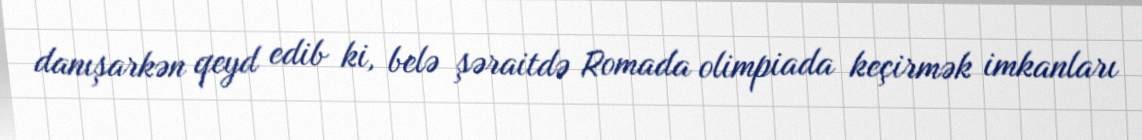
danışarkən qeyd edib ki, belə şəraitdə Romada olimpiada keçirmək imkanları